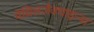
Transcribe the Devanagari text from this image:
मेथिलज़ैक्थाइन्स